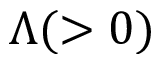
\Lambda ( > 0 )